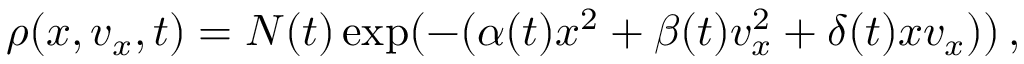
\rho ( x , v _ { x } , t ) = N ( t ) \exp ( - ( \alpha ( t ) x ^ { 2 } + \beta ( t ) v _ { x } ^ { 2 } + \delta ( t ) x v _ { x } ) ) \, ,